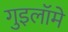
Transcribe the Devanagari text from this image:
गुइलॉमे